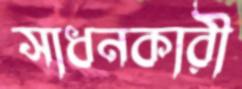
সাধনকারী